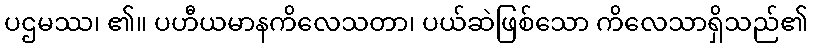
ပဌမဿ၊ ၏။ ပဟီယမာနကိလေသတာ၊ ပယ်ဆဲဖြစ်သော ကိလေသာရှိသည်၏